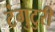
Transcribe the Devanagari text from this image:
टंगुटुरी